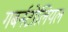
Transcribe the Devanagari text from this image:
गबर्नटोलियल